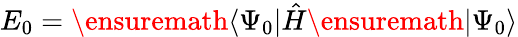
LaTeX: E_{0}=\ensuremath{\langle\Psi_{0}\vert}\hat{H}\ensuremath{\vert\Psi_{0}\rangle}